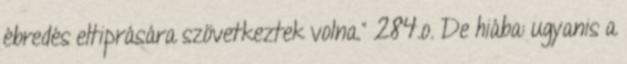
ébredés eltiprására szövetkeztek volna.” 284.o. De hiába: ugyanis a